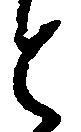
と